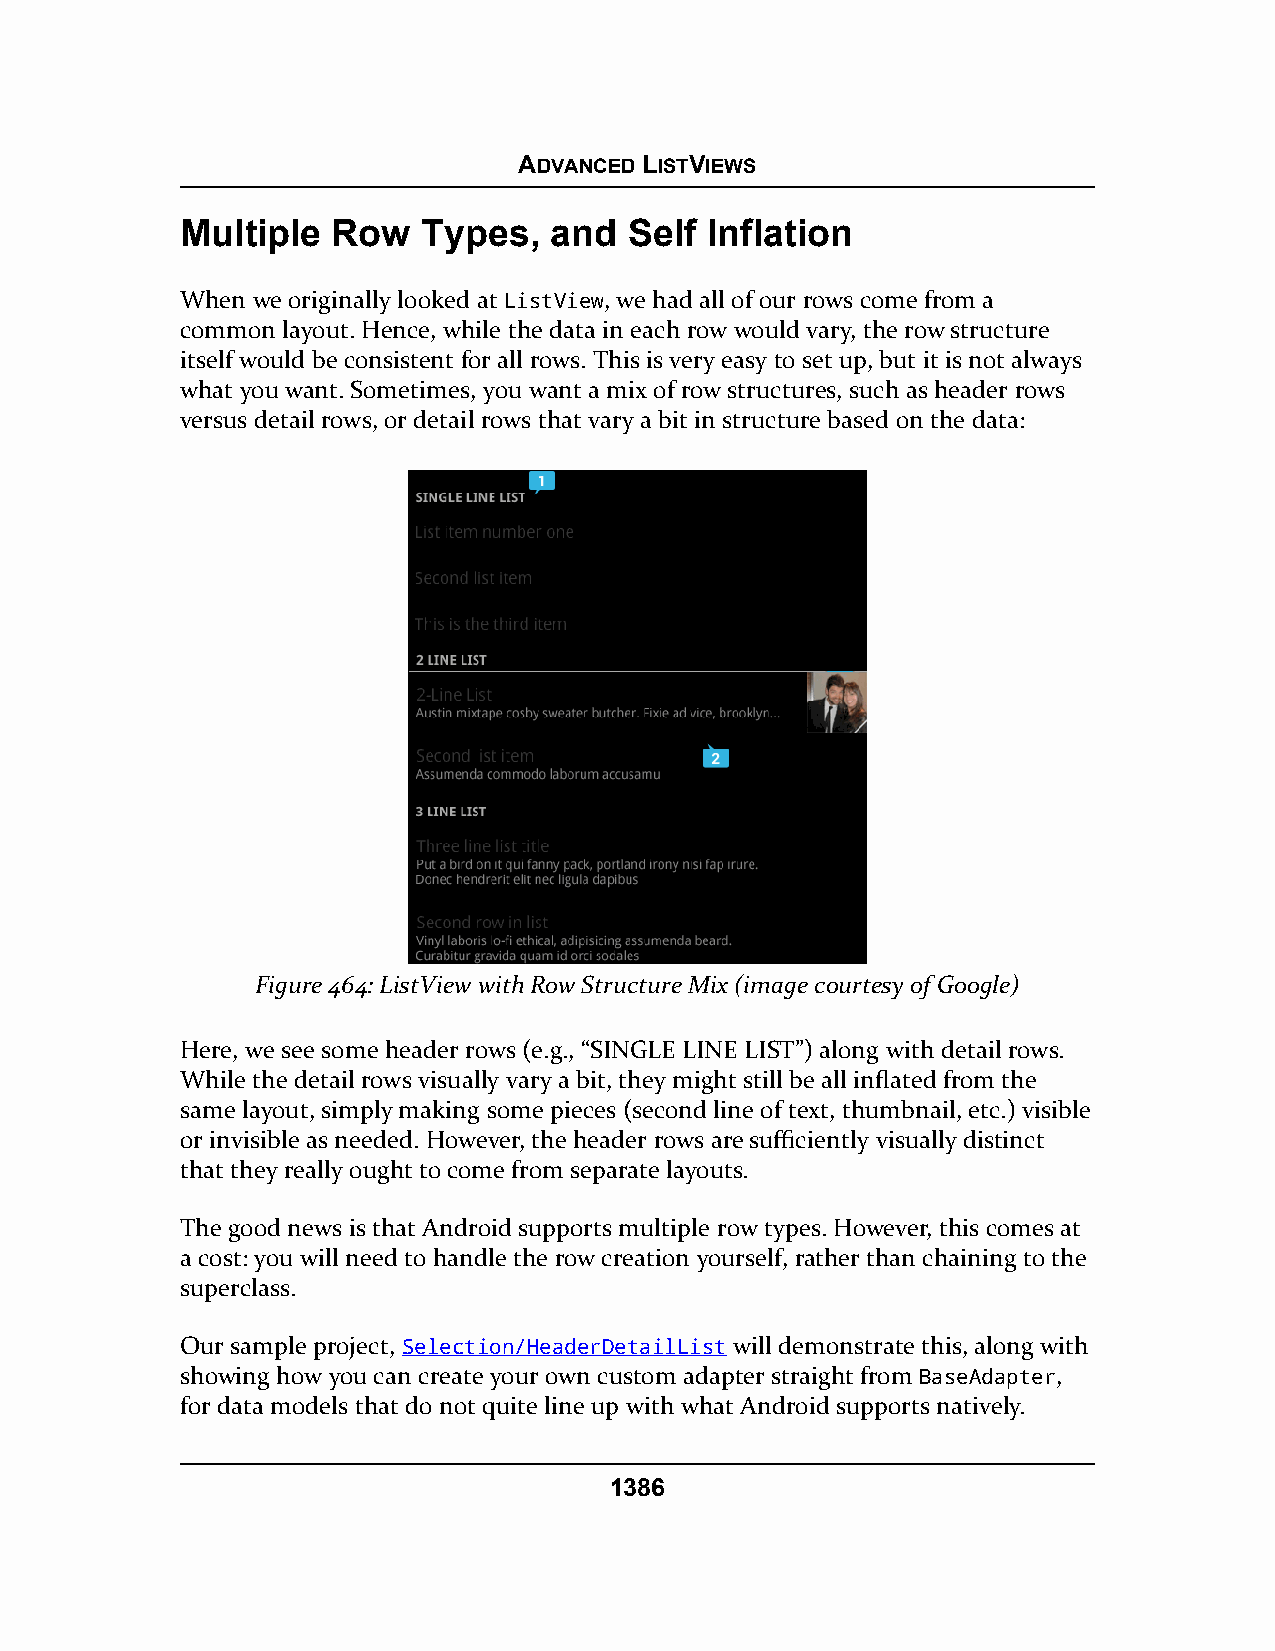
ADVANCED LISTVIEWS
 Multiple  Row   Types,  and   Self Inflation
 When we originally looked at ListView, we had all of our rows come from a
 common layout. Hence, while the data in each row would vary, the row structure
 itself would be consistent for all rows. This is very easy to set up, but it is not always
 what you want. Sometimes, you want a mix of row structures, such as header rows
 versus detail rows, or detail rows that vary a bit in structure based on the data:
 Figure 464: ListView with Row Structure Mix (image courtesy of Google)
 Here, we see some header rows (e.g., “SINGLE LINE LIST”) along with detail rows.
 While the detail rows visually vary a bit, they might still be all inflated from the
 same layout, simply making some pieces (second line of text, thumbnail, etc.) visible
 or invisible as needed. However, the header rows are sufficiently visually distinct
 that they really ought to come from separate layouts.
 The good news is that Android supports multiple row types. However, this comes at
 a cost: you will need to handle the row creation yourself, rather than chaining to the
 superclass.
 Our sample project, Selection/HeaderDetailList will demonstrate this, along with
 showing how you can create your own custom adapter straight from BaseAdapter,
 for data models that do not quite line up with what Android supports natively.
 1386